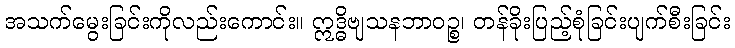
အသက်မွေးခြင်းကိုလည်းကောင်း။ ဣဒ္ဓိဗျသနဘာဝဉ္စ၊ တန်ခိုးပြည့်စုံခြင်းပျက်စီးခြင်း